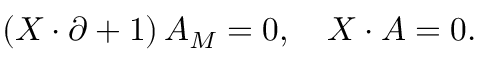
\left( X \cdot \partial + 1 \right) A _ { M } = 0 , \quad X \cdot A = 0 .